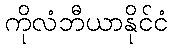
ကိုလံဘီယာနိုင်ငံ